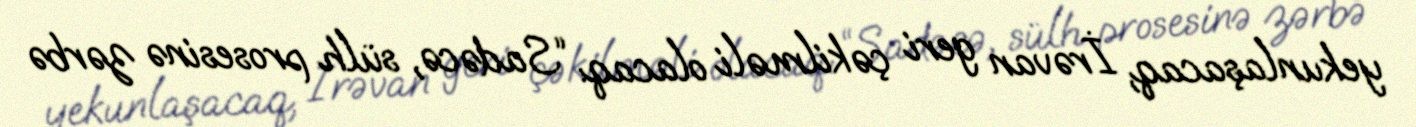
yekunlaşacaq, İrəvan geri çəkilməli olacaq: “Sadəcə, sülh prosesinə zərbə